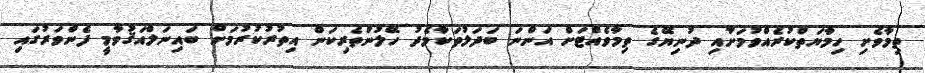
ތިމާވެށި ހިމާޔަތްކުރެއްވުމަށާއި ދުނިޔޭގެ ތިމާވެއްޓަށް އަންނަ ބަދަލުތަކާމެދު ހޭލުންތެރިކަން އިތުރުކުރުމަށް ބައިނަލްއަޤުވާމީ ފެންވަރުގައި